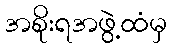
အစိုးရအဖွဲ့ထံမှ